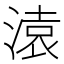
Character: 溒